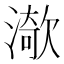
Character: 𱨧